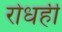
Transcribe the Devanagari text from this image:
रोधही